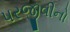
પરજીવીનો